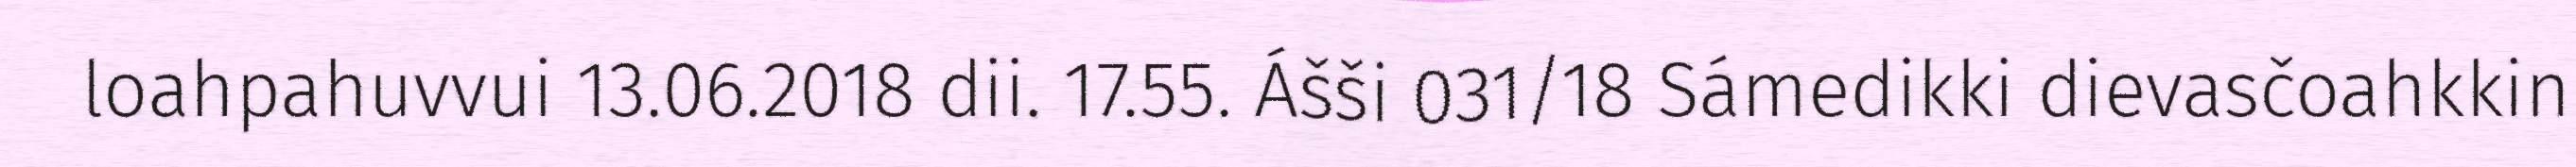
loahpahuvvui 13.06.2018 dii. 17.55. Ášši 031/18 Sámedikki dievasčoahkkin